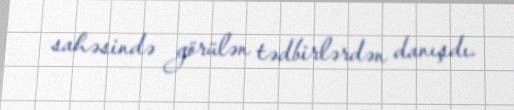
sahəsində görülən tədbirlərdən danışdı.